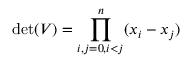
\operatorname* { d e t } ( V ) = \prod _ { i , j = 0 , i < j } ^ { n } ( x _ { i } - x _ { j } )